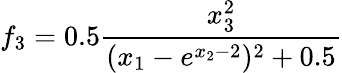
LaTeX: f_{3}=0.5\frac{x_{3}^{2}}{(x_{1}-e^{x_{2}-2})^{2}+0.5}